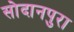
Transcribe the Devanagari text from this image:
सोदानपुरा